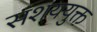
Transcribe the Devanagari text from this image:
संशययुक्त